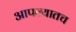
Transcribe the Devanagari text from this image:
आपल्यातच